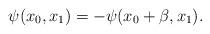
LaTeX: \begin{align*}\psi (x_{0},x_{1})=-\psi (x_{0}+\beta ,x_{1}). \end{align*}